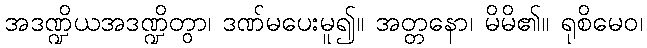
အဒဏ္ဍိယအဒဏ္ဍိတွာ၊ ဒဏ်မပေးမူ၍။ အတ္တနော၊ မိမိ၏။ ရုစိမေဝ၊